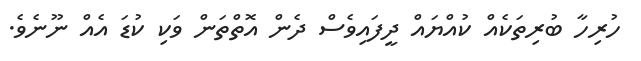
ހުރިހާ ބުރިތަކެއް ކުއްޔައް ދީފައިވެސް ދެން އޮތްތަން ވަކި ކުޑަ އެއް ނޫނެވެ.